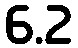
6.2